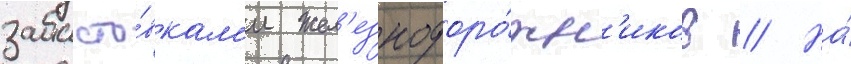
забасто́вкам'и жел'езнодоро́жн'иков // На́